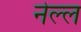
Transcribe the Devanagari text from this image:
नेल्ल